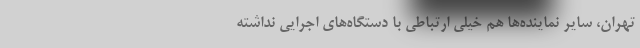
تهران، سایر نماینده‌ها هم خیلی ارتباطی با دستگاه‌های اجرایی نداشته